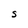
Character: S